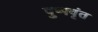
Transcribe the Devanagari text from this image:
पुष्पवृंत